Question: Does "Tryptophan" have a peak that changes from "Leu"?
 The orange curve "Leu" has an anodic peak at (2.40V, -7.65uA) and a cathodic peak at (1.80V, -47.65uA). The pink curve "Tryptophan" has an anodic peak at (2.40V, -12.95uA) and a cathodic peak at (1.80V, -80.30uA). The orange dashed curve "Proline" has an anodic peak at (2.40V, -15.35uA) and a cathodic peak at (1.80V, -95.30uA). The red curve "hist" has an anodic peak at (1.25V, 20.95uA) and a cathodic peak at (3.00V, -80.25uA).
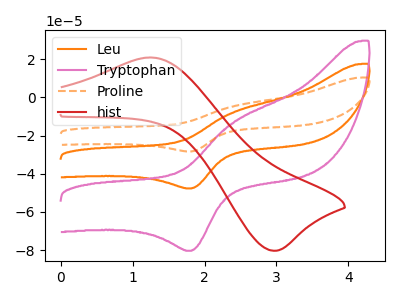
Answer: <think>All the peaks in "Tryptophan" have a peak in "Leu" at the same potential.
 </think>
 <answer>No, "Tryptophan" and "Leu" don't appear to be significantly different in shape</answer>
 <eval>no_change</eval>